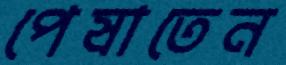
পেষাতেন